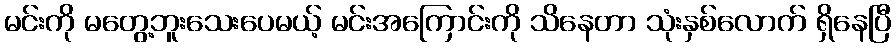
မင်းကို မတွေ့ဘူးသေးပေမယ့် မင်းအကြောင်းကို သိနေတာ သုံးနှစ်လောက် ရှိနေပြီ